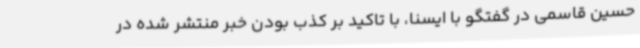
حسین قاسمی در گفتگو با ایسنا، با تاکید بر کذب بودن خبر منتشر شده در